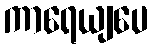
ကာရေယျပေ